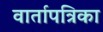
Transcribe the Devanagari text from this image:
वार्तापत्रिका